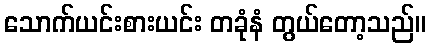
သောက်ယင်းစားယင်း တခုံနံ တွယ်တော့သည်။